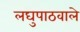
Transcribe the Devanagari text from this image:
लघुपाठवाले